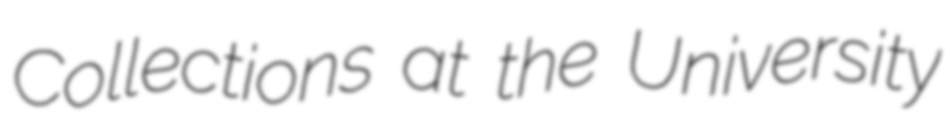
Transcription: Collections at the University